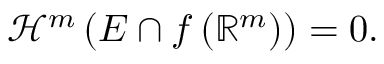
{ \mathcal { H } } ^ { m } \left( E \cap f \left( \mathbb { R } ^ { m } \right) \right) = 0 .